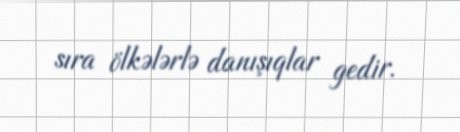
sıra ölkələrlə danışıqlar gedir.